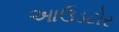
આઉડટોર